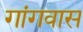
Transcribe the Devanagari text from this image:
गांगवास